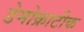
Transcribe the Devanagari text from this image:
डेमोक्राटीक